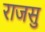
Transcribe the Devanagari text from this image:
राजसु